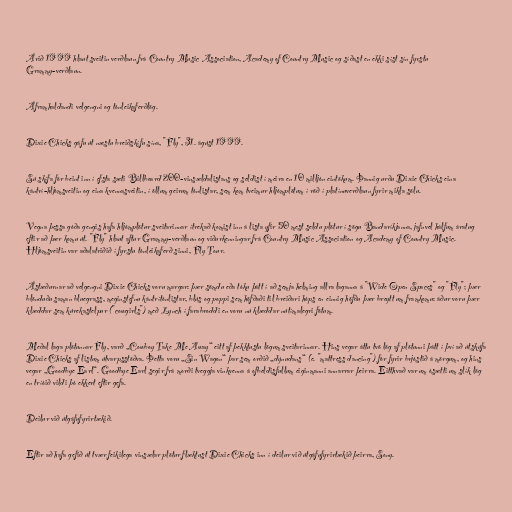
Árið 1999 hlaut sveitin verðlaun frá Country Music Association, Academy of Country Music og síðast en ekki síst sín fyrstu
Grammy-verðlaun.

Áframhaldandi velgengni og tónleikaferðlög.

Dixie Chicks gáfu út næstu breiðskífu sína, "Fly", 31. ágúst 1999.

Sú skífa fór beint inn í efsta sæti Billboard 200-vinsældalistans og seldist í meira en 10 milljón eintökum. Þannig urðu Dixie Chicks eina
kántrí-hljómsveitin og eina kvennasveitin, í öllum geirum tónlistar, sem kom tveimur hljómplötum í röð í platínuverðlaun fyrir mikla sölu.

Vegna þessa góða gengis hafa hljómplötur sveitarinnar ítrekað komist inn á lista yfir 50 mest seldu plötur í sögu Bandaríkjanna, jafnvel hálfum áratug
eftir að þær komu út. "Fly" hlaut aftur Grammy-verðlaun og viðurkenningar frá Country Music Association og Academy of Country Music.
Hljómsveitin var aðalatriðið í fyrstu tónleikaferð sinni, Fly Tour.

Ástæðurnar að velgengni Dixie Chicks voru margar: þær sömdu eða tóku þátt í að semja helming allra laganna á "Wide Open Spaces" og "Fly"; þær
blönduðu saman bluegrass, meginstefnu kántrítónlistar, blús og poppi sem höfðaði til breiðari hóps en einnig höfðu þær breytt um framkomu: áður voru þær
klæddar sem kúrekastelpur ("cowgirls") með Lynch í farabroddi en voru nú klæddar nútímalegri fötum.

Meðal laga plötunnar Fly, varð „Cowboy Take Me Away“ eitt af þekktustu lögum sveitarinnar. Hins vegar áttu tvö lög af plötunni þátt í því að útskúfa
Dixie Chicks af listum útvarpsstöðva. Þetta voru „Sin Wagon“ þar sem orðið „dýnudans“ (e. "mattress dancing") fór fyrir brjóstið á mörgum, og hins
vegar „Goodbye Earl“. Goodbye Earl segir frá morði tveggja vinkvenna á ofbeldisfullum eiginmanni annarrar þeirra. Eitthvað var um ósætti um slík lög
en tríóið vildi þó ekkert eftir gefa.

Deilur við útgáfufyrirtækið.

Eftir að hafa gefið út tvær feikilega vinsælar plötur flæktust Dixie Chicks inn í deilur við útgáfufyrirtækið þeirra, Sony.